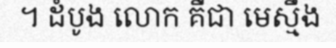
។ ដំបូង លោក គឺជា មេស្មឹង